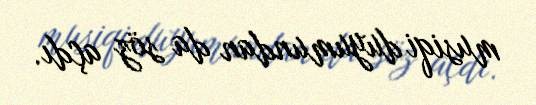
musiqi duyumundan da söz açdı.